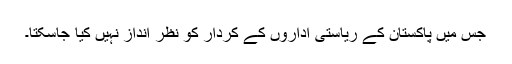
جس میں پاکستان کے ریاستی اداروں کے کردار کو نظر انداز نہیں کیا جاسکتا۔